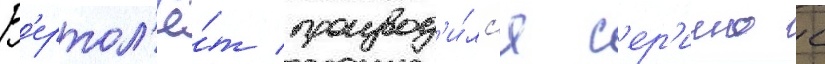
В'ертол'ё́т производ'и́лс'я с'ер'иино с